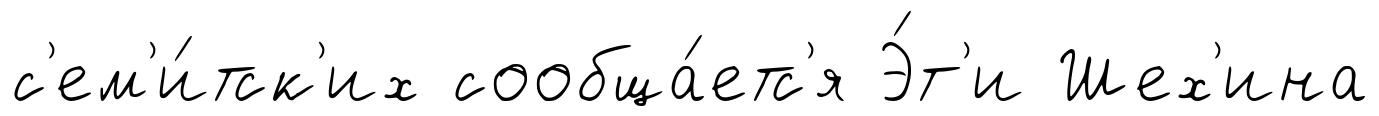
с'ем'и́тск'их сообща́етс'я Э́т'и Шех'ина